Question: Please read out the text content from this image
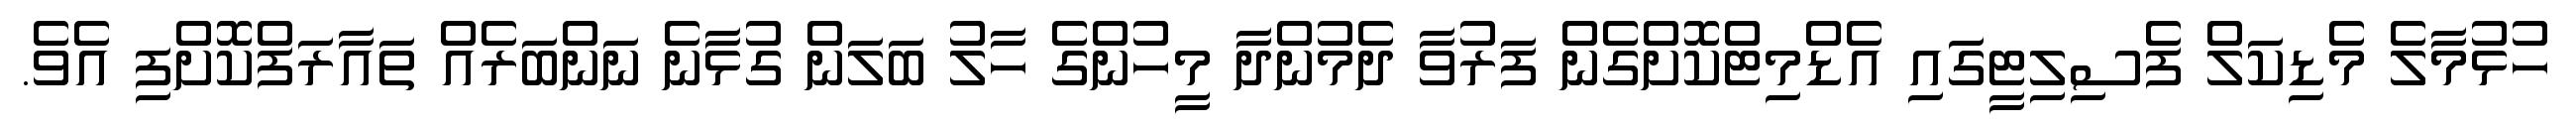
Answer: ހުޅުމާލެ މެޑިކަލް ފެސިލިޓީގައި އެޑްމިޓްކޮށްގެން ފަރުވާ ދެމުންދާ މީހުންގެ ހާލު ބަލަން ގުޅާނެ ނަންބަރެއް ތައާރަފްކޮށްފި އެވެ.